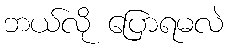
ဘယ်လို ပြောရမလဲ